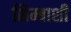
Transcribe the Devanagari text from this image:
शिम्बाशी